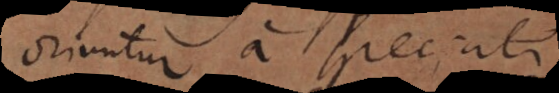
oriuntur a speciali